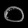
Digit: ၀